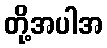
တို့အပါအ